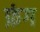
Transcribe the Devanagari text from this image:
फ़ंग